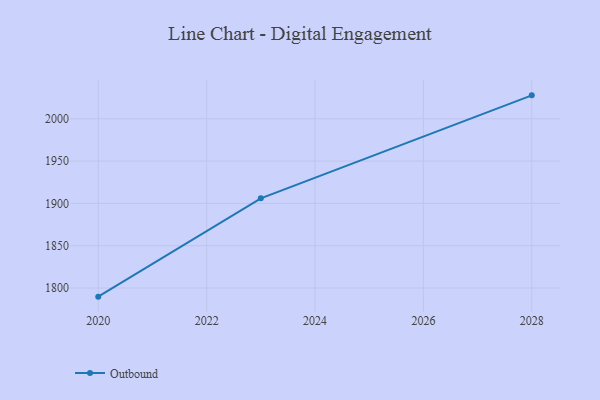
{"axis": {"x": "Year", "y": "Inventory Turnover"}, "legend": ["Outbound"], "data": [{"x": "2020", "y": 1789.8, "type": "Outbound"}, {"x": "2023", "y": 1906.0, "type": "Outbound"}, {"x": "2028", "y": 2027.7, "type": "Outbound"}]}